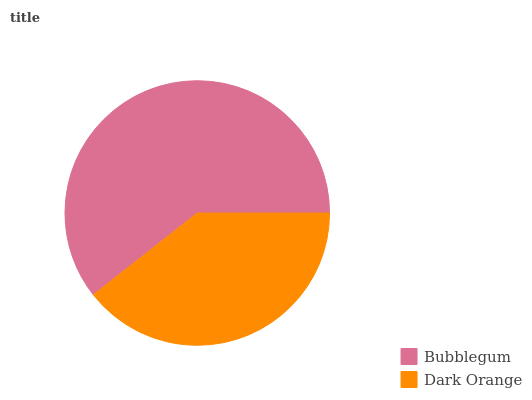
| Bubblegum | Dark Orange |
 | --- | --- |
 | 60.7% | 39.3% |